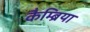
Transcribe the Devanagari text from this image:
कैम्ब्रिया